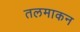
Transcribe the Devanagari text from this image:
तलमाकन